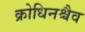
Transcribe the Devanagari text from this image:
क्रोधिनश्चैव